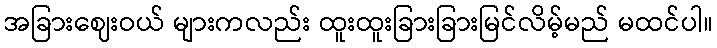
အခြားဈေးဝယ် များကလည်း ထူးထူးခြားခြားမြင်လိမ့်မည် မထင်ပါ။